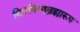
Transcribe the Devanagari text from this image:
शिवविष्णूब्रह्मारूप